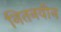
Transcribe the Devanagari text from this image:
नितनवीन